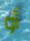
أو